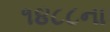
૧૪૮૮ના